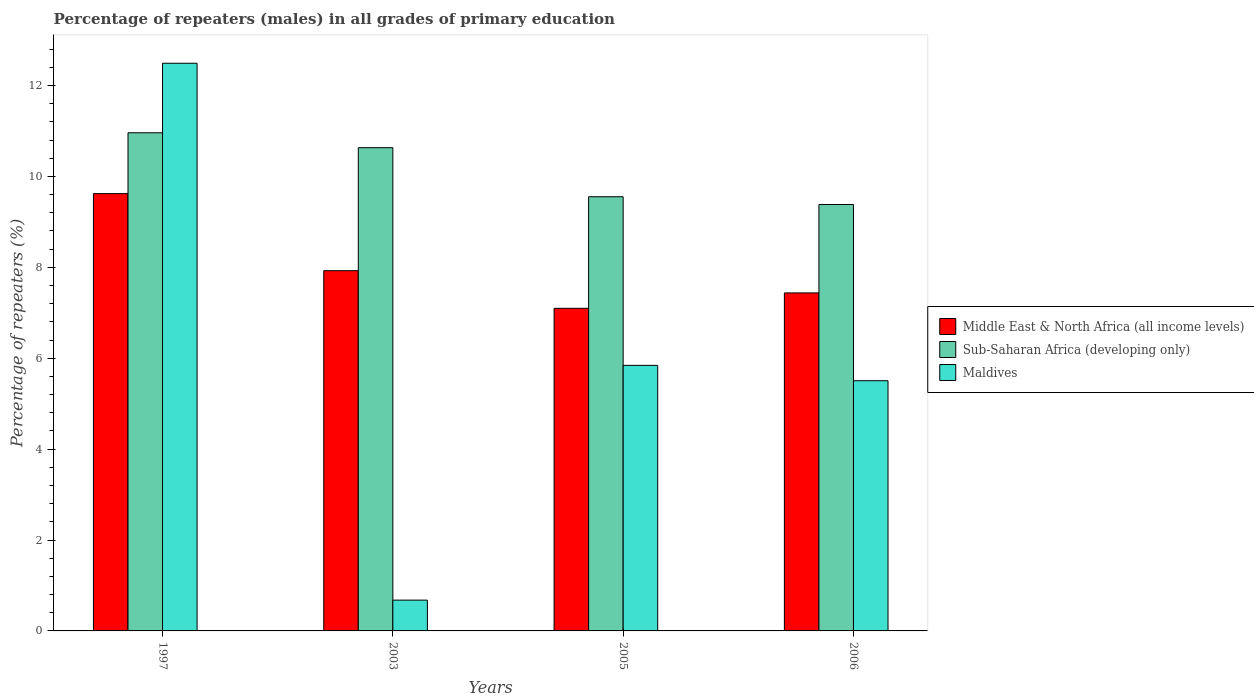
| Years | Middle East & North Africa (all income levels) | Sub-Saharan Africa (developing only) | Maldives |
 | --- | --- | --- | --- |
 | 1997 | 9.62 | 11 | 12.5 |
 | 2003 | 7.93 | 10.6 | 0.677 |
 | 2005 | 7.1 | 9.55 | 5.84 |
 | 2006 | 7.44 | 9.38 | 5.5 |